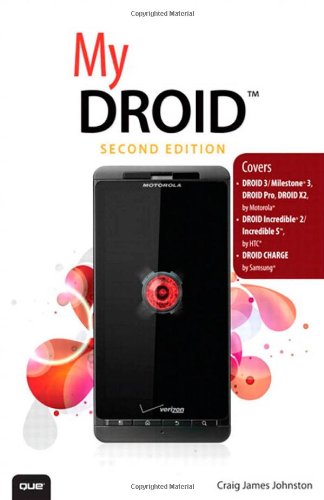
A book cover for My DROID: (Covers DROID 3/Milestone 3, DROID Pro, DROID X2, DROID Incredible 2/Incredible S, and DROID CHARGE) (2nd Edition); Craig James Johnston; Computers & Technology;